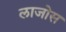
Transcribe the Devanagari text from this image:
लाजोस